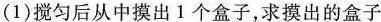
(1)搅匀后从中摸出1个盒子，求摸出的盒子